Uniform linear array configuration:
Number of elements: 64
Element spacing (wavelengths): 0.5
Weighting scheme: blackman
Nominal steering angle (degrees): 0
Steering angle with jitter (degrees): -0.08593
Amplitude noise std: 0.05
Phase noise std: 0.05

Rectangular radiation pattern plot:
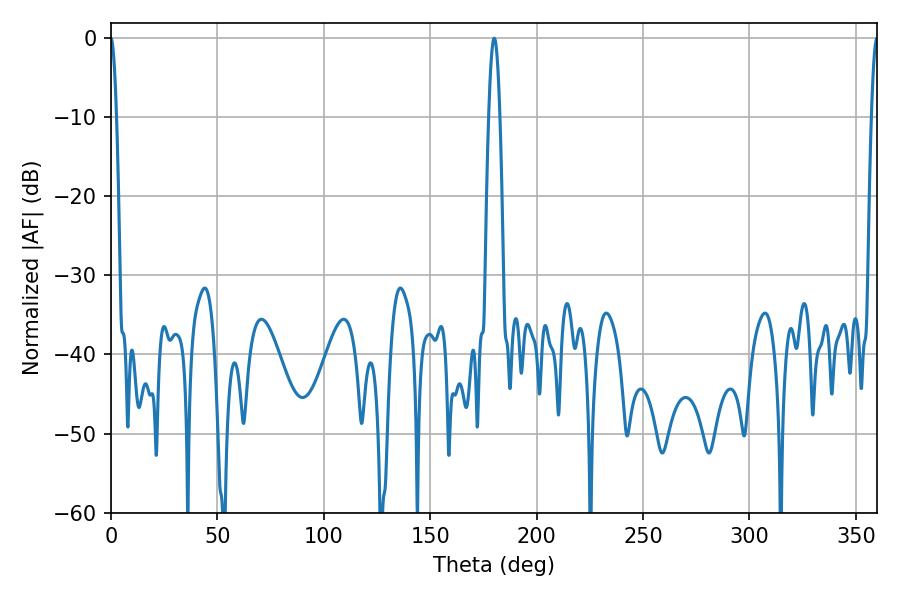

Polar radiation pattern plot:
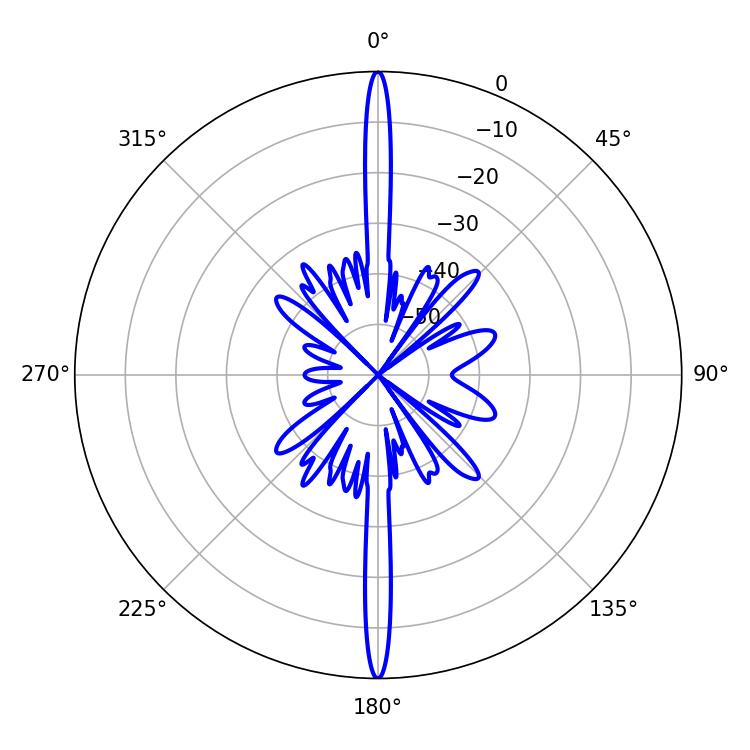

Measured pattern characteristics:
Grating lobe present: FALSE
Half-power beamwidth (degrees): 1.44
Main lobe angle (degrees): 360